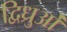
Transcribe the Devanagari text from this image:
द्विध्रुओं